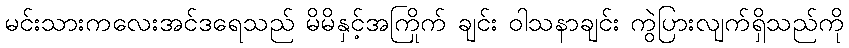
မင်းသားကလေးအင်ဒရေသည် မိမိနှင့်အကြိုက် ချင်း ဝါသနာချင်း ကွဲပြားလျက်ရှိသည်ကို